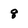
Character: 8